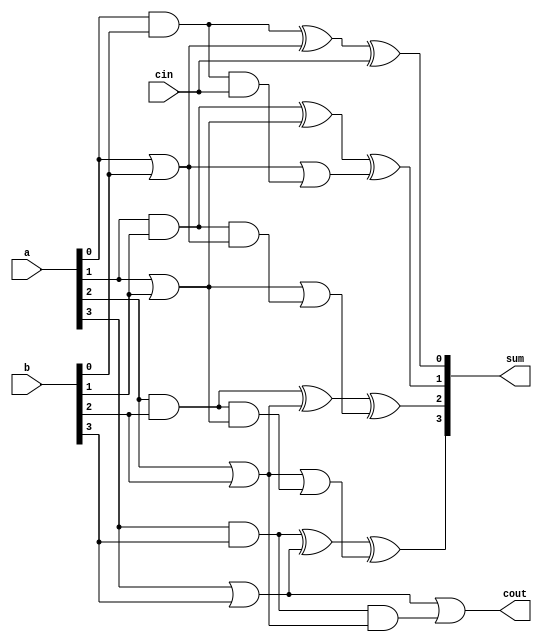
`timescale 1ns / 1ps
//////////////////////////////////////////////////////////////////////////////////
// Company: 
// Engineer: 
// 
// Design Name: 
// Module Name:    cla_b 
// Project Name: 
// Target Devices: 
// Tool versions: 
// Description: 
//
// Dependencies: 
//
// Revision: 
// Revision 0.01 - File Created
// Additional Comments: 
//
//////////////////////////////////////////////////////////////////////////////////
module cla_b(
    input [3:0] a,
    input [3:0] b,
    input cin,
    output reg [3:0] sum,
    output reg cout
    ); 
reg c1,c2,c3;
reg [3:0] p,g;
always@(a,b,cin)
begin
 g[0]=a[0]|b[0];
 g[1]=a[1]|b[1];
 g[2]=a[2]|b[2];
 g[3]=a[3]|b[3];
 p[0]=a[0]&b[0];
 p[1]=a[1]&b[1];
 p[2]=a[2]&b[2];
 p[3]=a[3]&b[3];
 c1=g[0]|(p[0]&cin);
 c2=g[1]|(p[1]&g[0]);
 c3=g[2]|(p[2]&g[1]);
 cout=g[3]|(p[3]&g[2]);
 sum[0]=(p[0]^g[0])^cin;
 sum[1]=(p[1]^g[1])^c1;
 sum[2]=(p[2]^g[2])^c2;
 sum[3]=(p[3]^g[3])^c3;
end 
endmodule